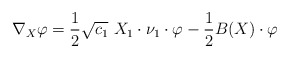
\begin{align*}\nabla_X \varphi = \frac{1}{2} \sqrt{c_1}\ X_1 \cdot \nu_1\cdot \varphi - \frac{1}{2}B(X)\cdot \varphi\end{align*}